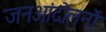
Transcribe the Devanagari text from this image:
जनआंदोलनों